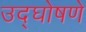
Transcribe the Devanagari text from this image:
उद्घोषणे